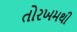
તોરખમથી